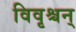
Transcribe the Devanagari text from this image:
विवृश्चन्